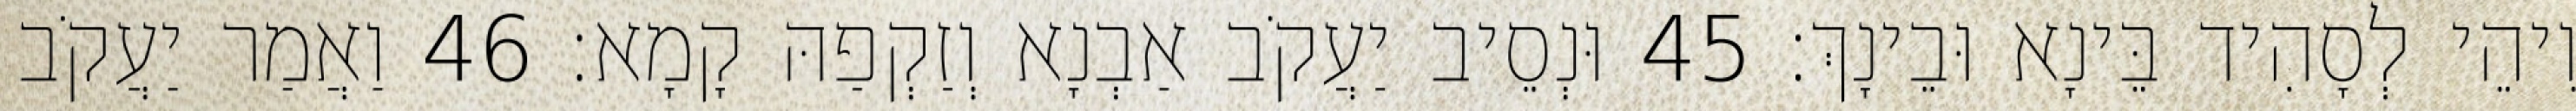
וִיהֵי לְסָהִיד בֵּינָא וּבֵינָךְ׃ 45 וּנְסֵיב יַעֲקֹב אַבְנָא וְזַקְפַהּ קָמָא׃ 46 וַאֲמַר יַעֲקֹב